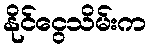
နိုင်ငွေသိမ်းက